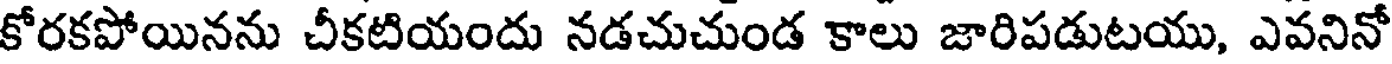
కోరకపోయినను చీకటియందు నడచుచుండ కాలు జారిపడుటయు, ఎవనినో